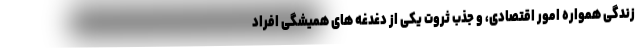
زندگی همواره امور اقتصادی، و جذب ثروت یکی از دغدغه های همیشگی افراد